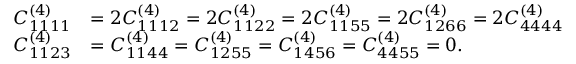
\begin{array} { r l } { C _ { 1 1 1 1 } ^ { ( 4 ) } } & { = 2 C _ { 1 1 1 2 } ^ { ( 4 ) } = 2 C _ { 1 1 2 2 } ^ { ( 4 ) } = 2 C _ { 1 1 5 5 } ^ { ( 4 ) } = 2 C _ { 1 2 6 6 } ^ { ( 4 ) } = 2 C _ { 4 4 4 4 } ^ { ( 4 ) } } \\ { C _ { 1 1 2 3 } ^ { ( 4 ) } } & { = C _ { 1 1 4 4 } ^ { ( 4 ) } = C _ { 1 2 5 5 } ^ { ( 4 ) } = C _ { 1 4 5 6 } ^ { ( 4 ) } = C _ { 4 4 5 5 } ^ { ( 4 ) } = 0 . } \end{array}